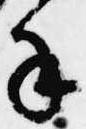
手